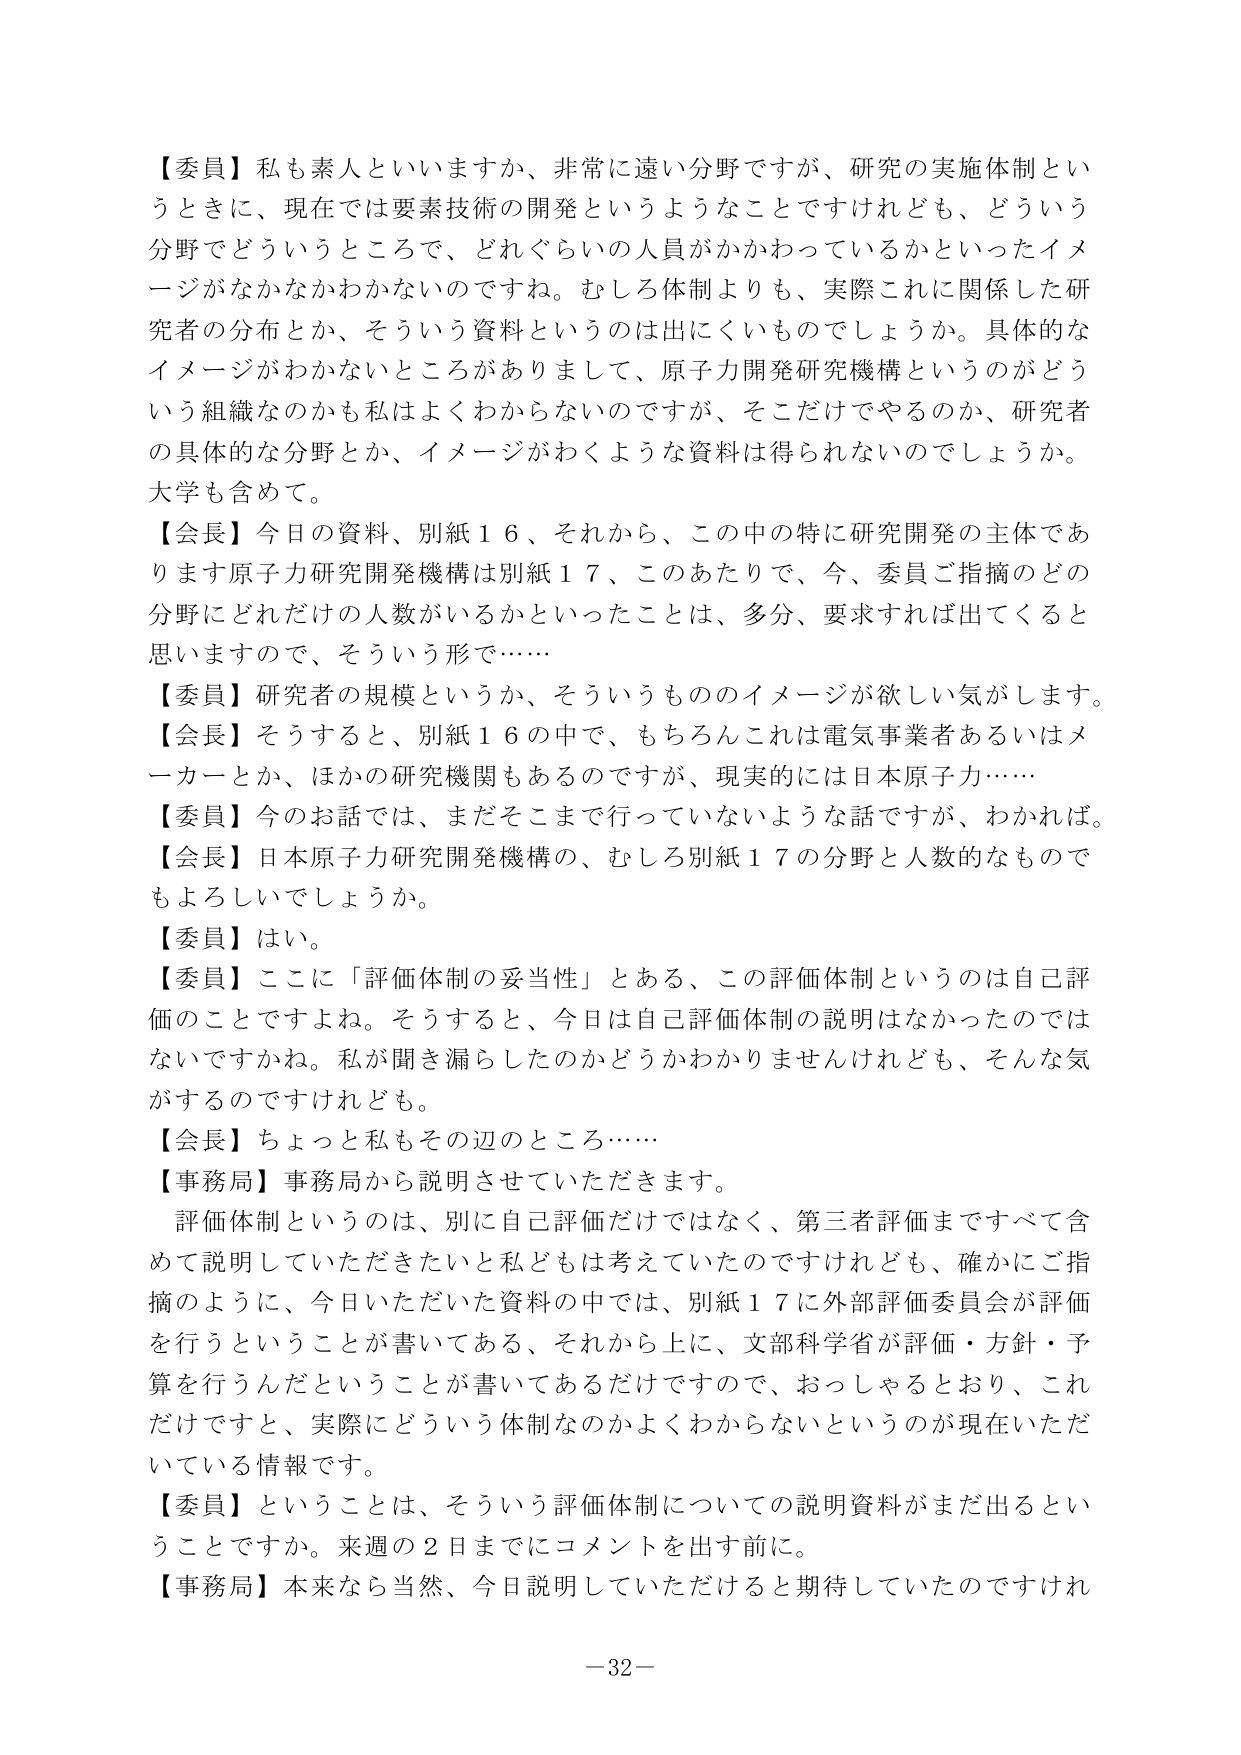
【委員】私も素人といいますか、非常に遠い分野ですが、研究の実施体制というときに、現在では要素技術の開発というようなことですしけれども、どういう分野でどういうところで、どれぐらいの人員がかかわっているかといったイメージがなかなかわかないのですね。むしろ体制よりも、実際にこれに関係した研究者の分布とか、そういう資料というのは出にくいものでしょうか。具体的なイメージがわからないところがありまして、原子力開発研究機構というのがどういう組織なのかも私はよくわからないのですが、そこだけでやるのか、研究者の具体的な分野とか、イメージがわくような資料は得られないのでしょうか。大学も含めて。

【会長】今日の資料、別紙１６、それから、この中の特に研究開発の主体であります原子力研究開発機構は別紙１７、このあたりで、今、委員ご指摘のどの分野にどれだけの人数がいるかといったことは、多分、要求すれば出てくると思いますので、そういう形で……

【委員】研究者の規模というか、そういうもののイメージが欲しい気がします。

【会長】そうすると、別紙１６の中で、もちろんこれは電気事業者あるいはメーカーとか、ほかの研究機関もあるのですが、現実的には日本原子力……

【委員】今のお話では、まだそこまで行っていないような話ですが、わかれば。

【会長】日本原子力研究開発機構の、むしろ別紙１７の分野と人数的なものでもよろしいでしょうか。

【委員】はい。

【委員】ここに「評価体制の妥当性」とある、この評価体制というのは自己評価のことですよね。そうすると、今日は自己評価体制の説明はなかったのではないですかね。私が聞き漏らしたのかどうかわかりませんけれども、そんな気がするのですけれども。

【会長】ちょっと私もその辺のところ……

【事務局】事務局から説明させていただきます。
評価体制というのは、別に自己評価だけではなく、第三者評価まですべて含めて説明していただきたいと私どもは考えていたのですけれども、確かにご指摘のように、今日いただいた資料の中では、別紙１７に外部評価委員会が評価を行うということが書いてある、それから上に、文部科学省が評価・方針・予算を行うんだということが書いてあるだけですので、おっしゃるとおり、これだけですと、実際にどういう体制なのかよくわからないというのが現在いただいている情報です。

【委員】ということは、そういう評価体制についての説明資料がまだ出るということですか。来週の２日までにコメントを出す前に。

【事務局】本来なら当然、今日説明していただけると期待していたのですけれ

－32－